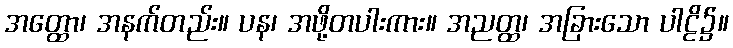
အတ္ထော၊ အနက်တည်း။ ပန၊ အဖို့တပါးကား။ အညတ္ထ၊ အခြားသော ပါဠိ၌။